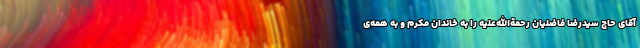
آقای حاج سیدرضا فاضلیان رحمةالله‌علیه را به خاندان مکرم و به همه‌ی